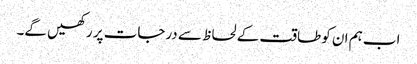
اب ہم ان کو طاقت کے لحاظ سے درجات پر رکھیں گے۔